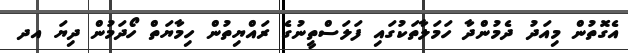
އެގޮތުން މިއަދު ދެމުންދާ ހަމަލާތަކުގައި ފަލަސްތީނުގެ ރައްޔިތުން ހިމާޔަތް ހޯދަމުން ދިޔަ އދ